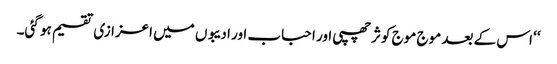
‘‘ اس کے بعد موج موج کوثر چھپی اور احباب اور ادیبوں میں اعزازی تقسیم ہو گئی۔